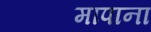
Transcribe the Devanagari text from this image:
मापाना